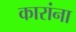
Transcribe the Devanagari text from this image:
कारांना